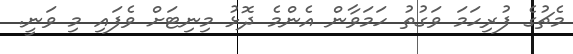
މެޗުގެ ފުރިހަމަ ވަގުތު ހަމަވާން އެންމެ ދޮޅު މިނިޓަށް ވެފައި މި ވަނީ.